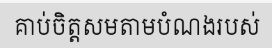
គាប់ចិត្តសមតាមបំណងរបស់